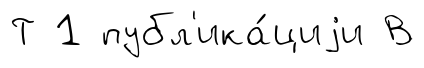
Т 1 публ'ика́циjи В